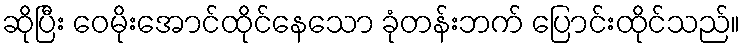
ဆိုပြီး ဝေမိုးအောင်ထိုင်နေသော ခုံတန်းဘက် ပြောင်းထိုင်သည်။